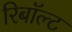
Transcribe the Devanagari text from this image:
रिबॉल्ट